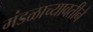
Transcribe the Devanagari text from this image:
मंडळाच्यावतीने